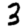
Digit: 3